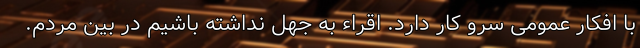
با افکار عمومی سرو کار دارد. اقراء به جهل نداشته باشیم در بین مردم.